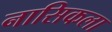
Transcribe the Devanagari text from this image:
नासिकला